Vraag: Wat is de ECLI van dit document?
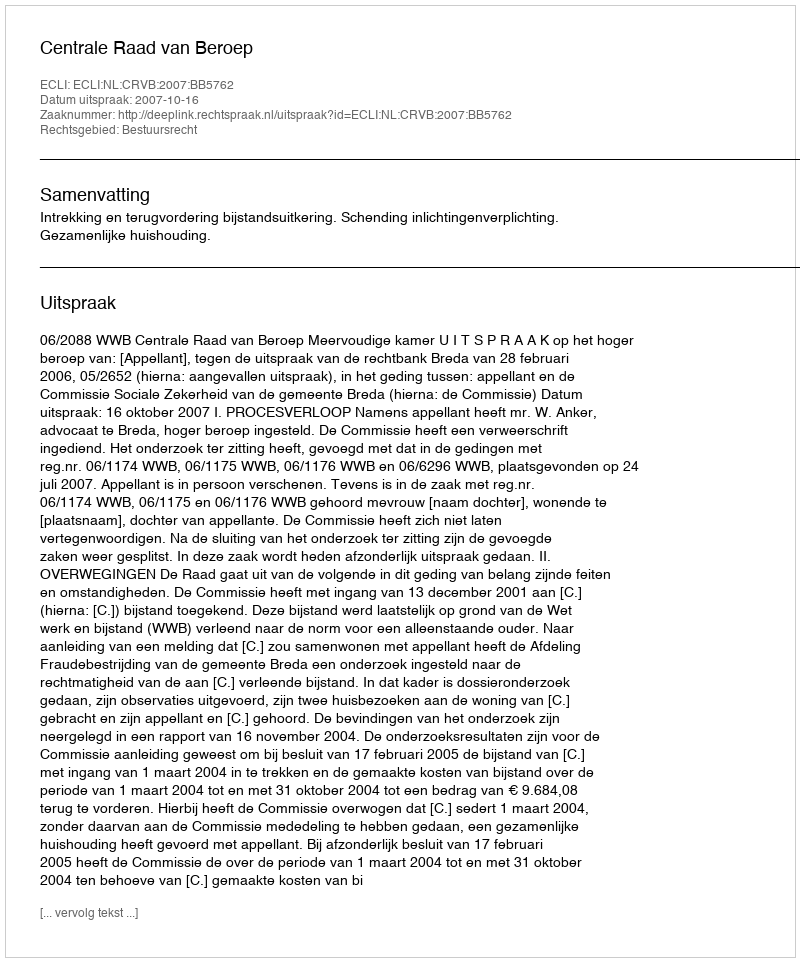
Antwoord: ECLI:NL:CRVB:2007:BB5762